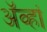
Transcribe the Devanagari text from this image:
अॅव्हां